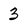
Character: 3